Indian journal of veterinary science and animal husbandry - Volume 11,
Year: 1941
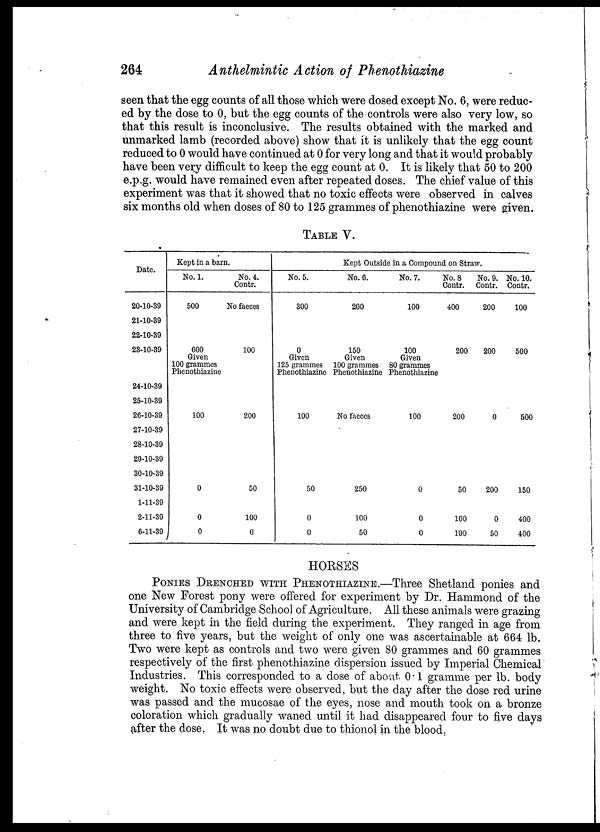
264
Anthelmintic Action of Phenothiazine
seen that the egg counts of all those which were dosed except No. 6, were reduc-
ed by the dose to 0, but the egg counts of the controls were also very low, so
that this result is inconclusive. The results obtained with the marked and
unmarked lamb (recorded above) show that it is unlikely that the egg count
reduced to 0 would have continued at 0 for very long and that it would probably
have been very difficult to keep the egg count at 0. It is likely that 50 to 200
e.p.g. would have remained even after repeated doses. The chief value of this
experiment was that it showed that no toxic effects were observed in calves
six months old when doses of 80 to 125 grammes of phenothiazine were given.
TABLE V.
Date.
20-10-39
21-10-39
22-10-39
23-10-39
24-10-39
25-10-39
26-10-39
27-10-39
28-10-39
29-10-39
30-10-39
31-10-39
1-11-39
2-11-39
6-11-39
Kept in a barn.
No.l.
500
600
Given
100 grammes
Phenothiazine
100
0
0
0
No. 4.
Contr.
No faeces
100
200
50
100
0
Kept Outside in a Compound on Straw.
No. 5.
300
0
Given
125 grammes
Phenothiazine
100
50
0
0
No. 6.
200
150
Given
100 grammes
Phenothiazine
No faeces
250
100
50
No. 7.
100
100
Given
80 grammes
Phenothiazine
100
0
0
0
No. 8
Contr.
400
200
200
50
100
100
No. 9.
Contr.
200
200
0
200
0
50
No. 10.
Contr.
100
500
500
150
400
400
HORSES
PONIES DRENCHED WITH PHENOTHIAZINE.—Three Shetland ponies and
one New Forest pony were offered for experiment by Dr. Hammond of the
University of Cambridge School of Agriculture. All these animals were grazing
and were kept in the field during the experiment. They ranged in age from
three to five years, but the weight of only one was ascertainable at 664 lb.
Two were kept as controls and two were given 80 grammes and 60 grammes
respectively of the first phenothiazine dispersion issued by Imperial Chemical
Industries. This corresponded to a dose of about. 0.1 gramme per lb. body
weight. No toxic effects were observed, but the day after the dose red urine
was passed and the mucosae of the eyes, nose and mouth took on a bronze
coloration which gradually waned until it had disappeared four to five days
after the dose. It was no doubt due to thionol in the blood.